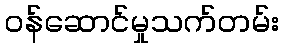
ဝန်ဆောင်မှုသက်တမ်း